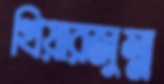
খিয়ারজুম্ম